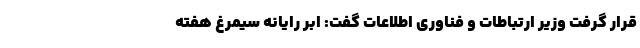
قرار گرفت وزیر ارتباطات و فناوری اطلاعات گفت: ابر رایانه سیمرغ هفته